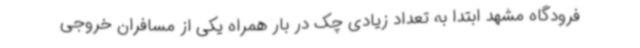
فرودگاه مشهد ابتدا به تعداد زیادی چک در بار همراه یکی از مسافران خروجی